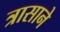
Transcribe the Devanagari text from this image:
त्रासाने